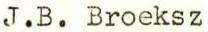
J.B. Broeksz